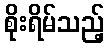
စိုးရိမ်သည့်